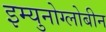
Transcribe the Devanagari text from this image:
इम्युनोग्लोबीन